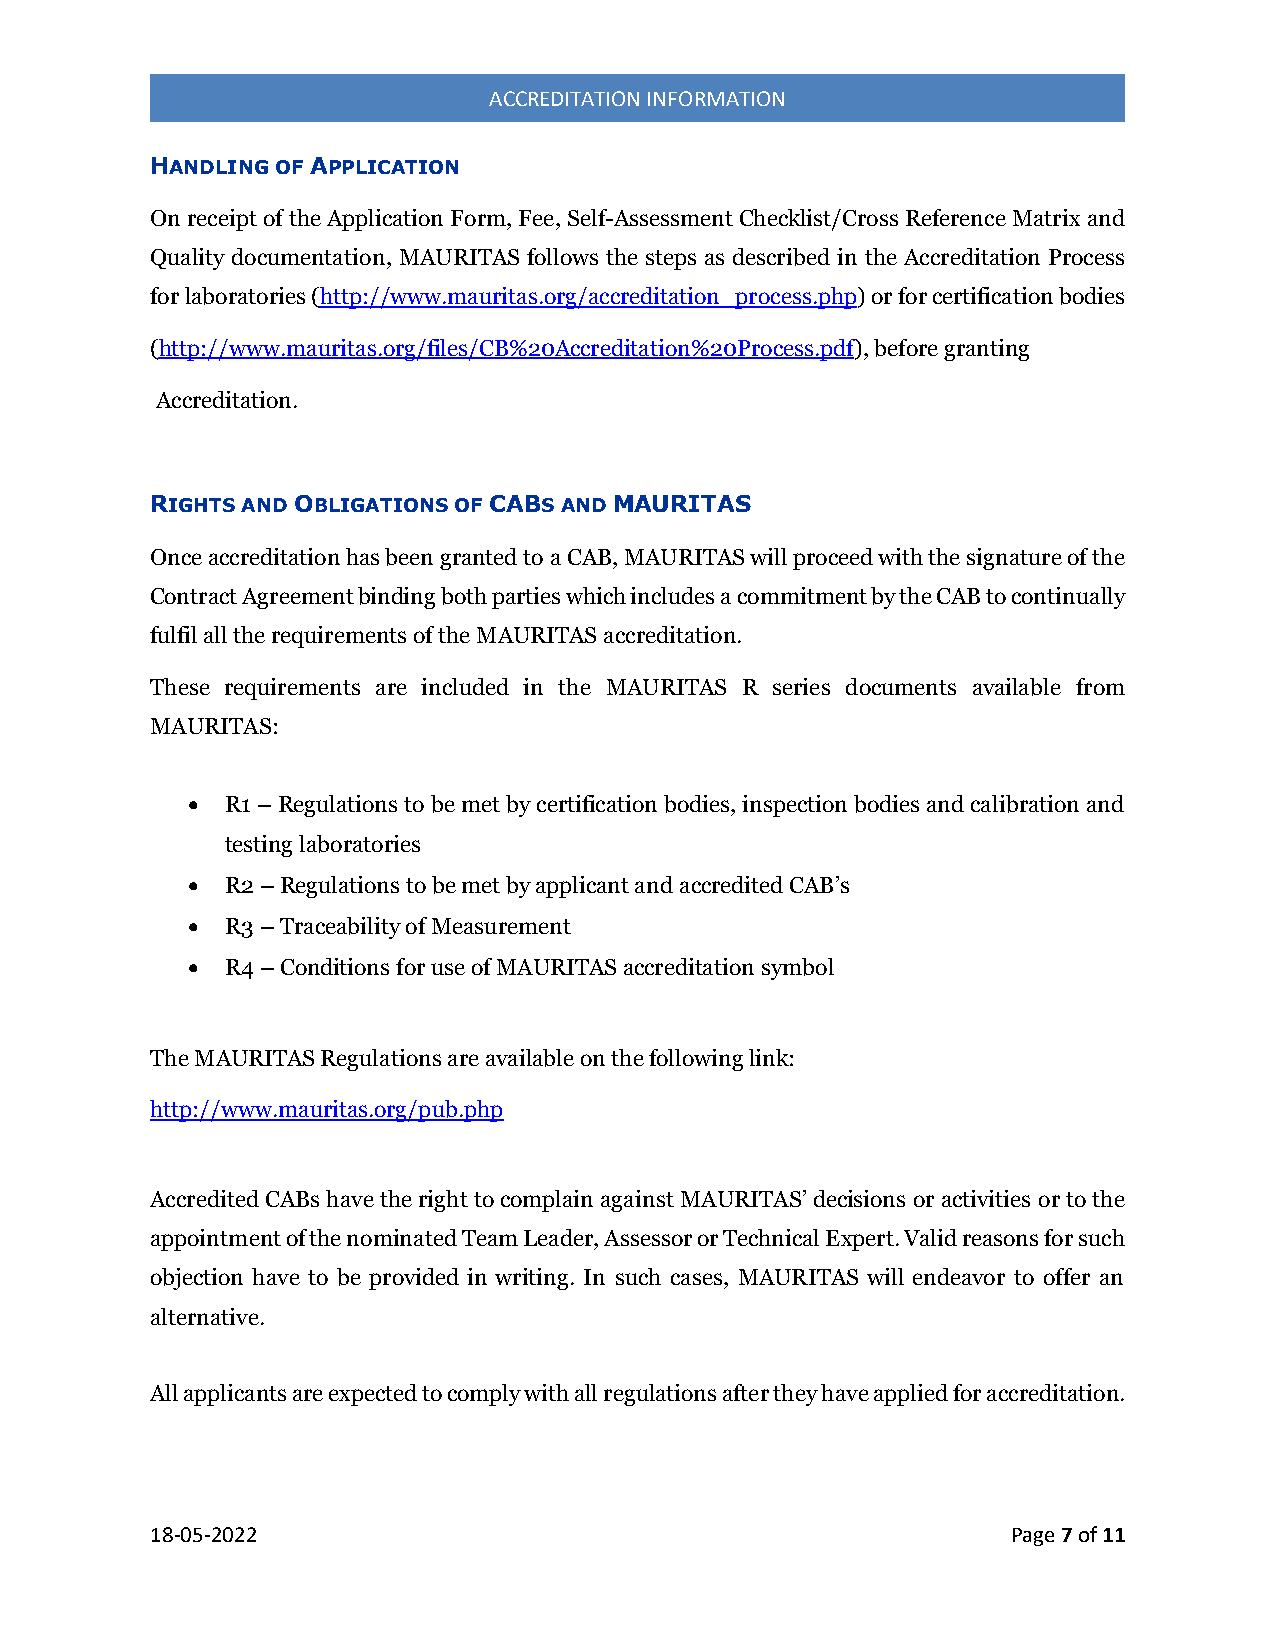
ACCREDITATION INFORMATION
 HANDLING OF APPLICATION
 On receipt of the Application Form, Fee, Self-Assessment Checklist/Cross Reference Matrix and
 Quality documentation, MAURITAS follows the steps as described in the Accreditation Process
 for laboratories (http://www.mauritas.org/accreditation_process.php) or for certification bodies
 (http://www.mauritas.org/files/CB%20Accreditation%20Process.pdf), before granting
 Accreditation.
 RIGHTS AND OBLIGATIONS OF CABS AND MAURITAS
 Once accreditation has been granted to a CAB, MAURITAS will proceed with the signature of the
 Contract Agreement binding both parties which includes a commitment by the CAB to continually
 fulfil all the requirements of the MAURITAS accreditation.
 These requirements are included in the MAURITAS R series documents available from
 MAURITAS:
   R1 – Regulations to be met by certification bodies, inspection bodies and calibration and
 testing laboratories
   R2 – Regulations to be met by applicant and accredited CAB’s
   R3 – Traceability of Measurement
   R4 – Conditions for use of MAURITAS accreditation symbol
 The MAURITAS Regulations are available on the following link:
 http://www.mauritas.org/pub.php
 Accredited CABs have the right to complain against MAURITAS’ decisions or activities or to the
 appointment of the nominated Team Leader, Assessor or Technical Expert. Valid reasons for such
 objection have to be provided in writing. In such cases, MAURITAS will endeavor to offer an
 alternative.
 All applicants are expected to comply with all regulations after they have applied for accreditation.
 18-05-2022                                               Page 7 of 11